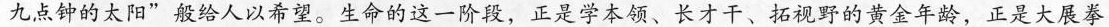
九点钟的太阳”般给人以希望。生命的这一阶段，正是学本领、长才干、拓视野的黄金年龄，正是大展拳